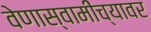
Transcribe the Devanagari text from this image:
वेणास्वामींच्यावर